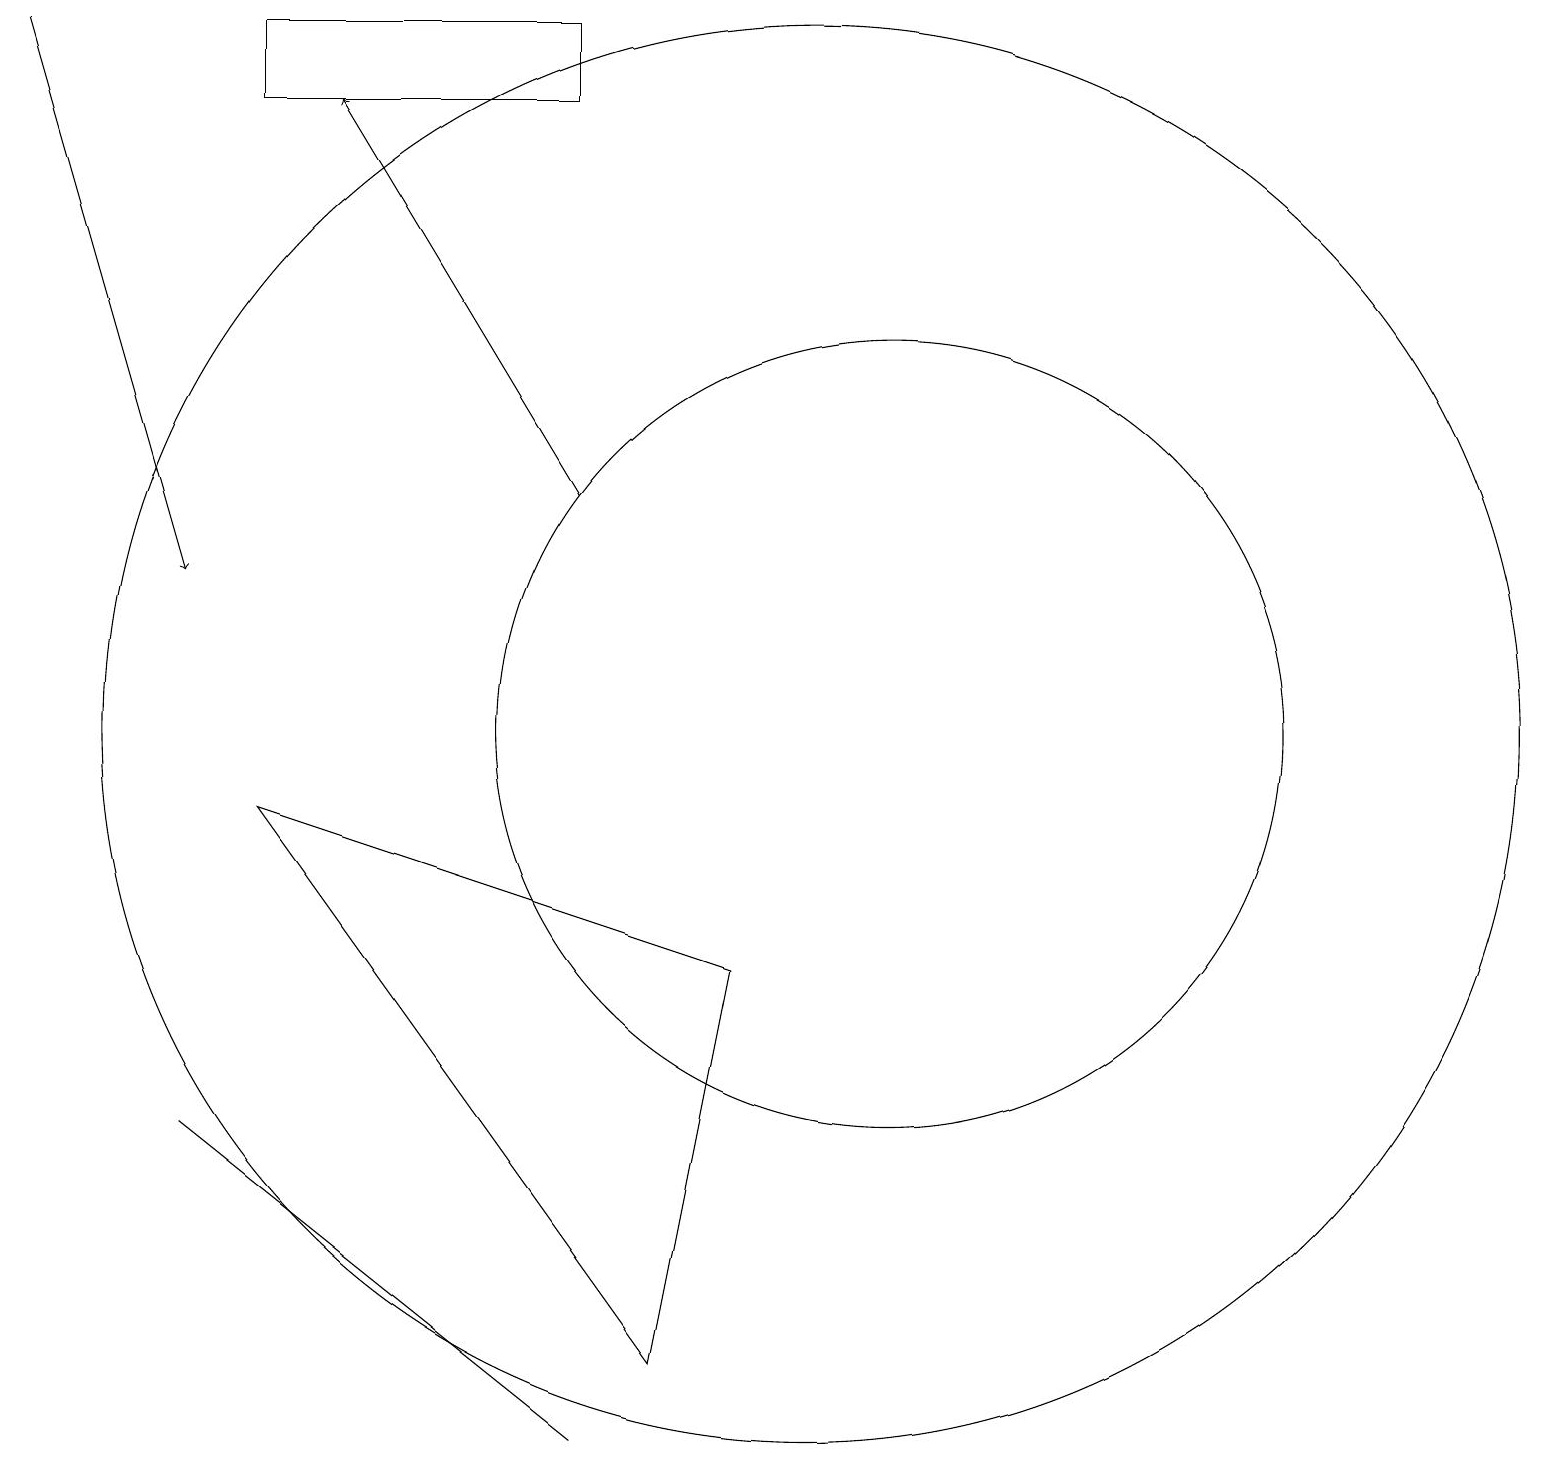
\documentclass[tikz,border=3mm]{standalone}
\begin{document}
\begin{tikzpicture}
\draw (3,19) rectangle (7,18);
\draw (11,10) circle (5);
\draw[->] (7,13) -- (4,18);
\draw (2,5) -- (7,1) -- (2,5) -- cycle;
\draw[->] (0,19) -- (2,12);
\draw (10,10) circle (9);
\draw (3,9) -- (8,2) -- (9,7) -- cycle;
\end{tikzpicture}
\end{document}